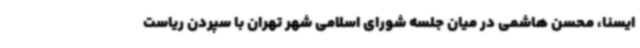
ایسنا، محسن هاشمی در میان جلسه شورای اسلامی شهر تهران با سپردن ریاست